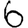
Digit: 6